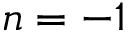
n = - 1